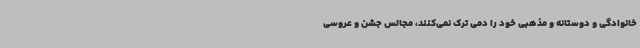
خانوادگی و دوستانه و مذهبی خود را دمی ترک نمی‌کنند، مجالس جشن و عروسی